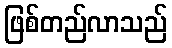
ဖြစ်တည်လာသည်